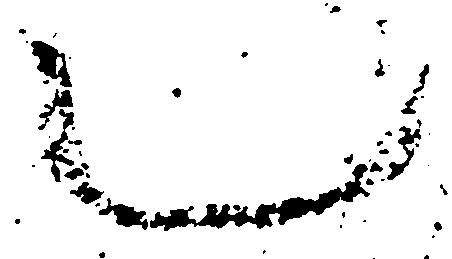
也